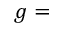
g =